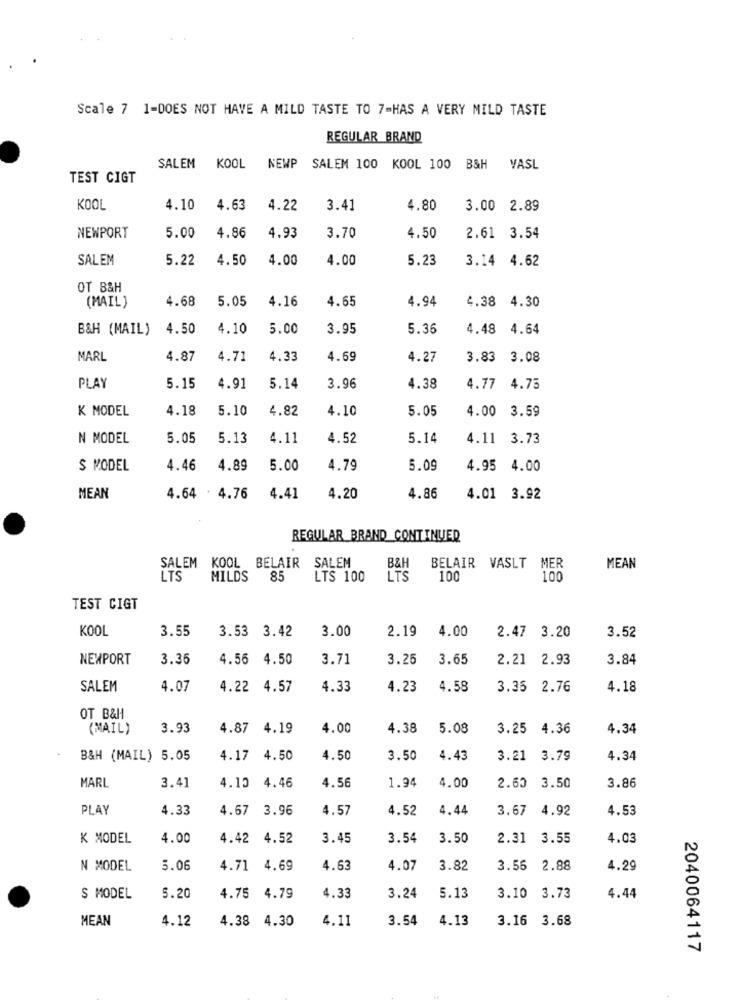
Scale 7 1-DOES NOT HAVE A MILD TASTE TO 7-HAS A VERY MILD TASTE
REGULAR BRAND
SALEM KOOL
NEWP
SALEM 100 KOOL 100 B&H VASL
TEST CIGT
KOOL
4.10
4.63
4.22
3.41
4.80
3.00 2.89
NEWPORT
4.86
4.93
4.50
5.00
3.70
2.61 3.54
SALEM
5.22
4.50
4.00
4.00
5.23
3.14 4.62
OT B&H
(MAIL )
4.68
5.05
4.16
4.65
4.94
4.38 4.30
B&H (MAIL)
4.50
4.10
5.00
3.95
5.36
4.48
4.64
MARL
4.87
4.71
4.33
4.69
4.27
3.83
3.08
PLAY
5.15
4.91
5.14
3.96
4.38
4.77
4.73
K MODEL
4.18
5.10
4.82
4.10
5.05
4.00
3.59
N MODEL
5.05
5.13
4.11
4.52
5.14
4.11
3.73
S MODEL
4.46
4.89
5.00
4.79
5.09
4.95
4.00
MEAN
4.64 . 4.76
4.41
4.20
4.86
4.01 3.92
REGULAR BRAND CONTINUER
SALEM
SALEM KOOL BELAIR
B&l
BELAIR VASLT
MER
MEAN
LTS
MILDS
85
LTS 100
LTS
100
100
TEST CIGT
KOOL
3.55
3.53 3.42
3.00
2.19
4.00
2.47 3.20
3.52
NEWPORT
3.36
4.56 4.50
3.71
3.25
3.65
2.21 2.93
3.84
SALEM
4.07
4.22 4.57
4.33
4.23
4.58
3.35
2.76
4.18
OT B&H
(MAIL)
3.93
4.87
4.19
4.00
4.38
5.08
3.25
4.36
4.34
B&H (MAIL) 5.05
4.17 4.50
4.50
3.50
4.43
3.21
3.79
4.34
MARL
3.41
4.10 4.46
4.56
1.94
4.00
2.60
3.50
3.86
PLAY
4.33
4.67
3.96
4.57
4.52
4.44
3.67 4.92
4.53
K MODEL
4.00
4.42 4.52
3.45
3.54
3.50
2.31 3.55
4.03
N MODEL
5.06
4.71
4.69
4.63
4.07
3.82
3.56
2.88
4.29
S MODEL
5.20
4.75 4.79
4.33
3.24
5.13
3.10
3.73
4.44
MEAN
4.12
4.38 4.30
4.11
3.54
4.13
3.16 3.68
2040064117